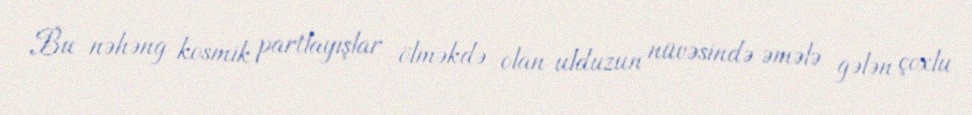
Bu nəhəng kosmik partlayışlar ölməkdə olan ulduzun nüvəsində əmələ gələn çoxlu